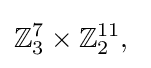
\mathbb {Z} _{3}^{7}\times \mathbb {Z} _{2}^{11},\